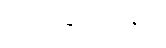
လုပ်ခြင်းသည်